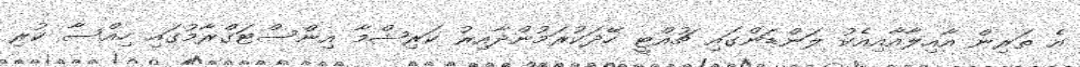
އެ ތަރިން އާއިލާއާއިއެކު ލަންޑަންގައި ޗުއްޓީ ހޭދަކުރަމުންދާއިރު ކަރިޝްމާ އިންސްޓަގްރާމުގައި ހިއްސާ ކުރި